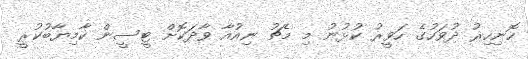
ހޮނިހިރު ދުވަހުގެ ހަވީރު ކުޅުނު މި މެޗު ނިއުއާ ވާދަކޮށް ޓީސީން ކާމިޔާބުކުރީ